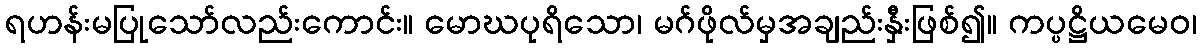
ရဟန်းမပြုသော်လည်းကောင်း။ မောဃပုရိသော၊ မဂ်ဖိုလ်မှအချည်းနှီးဖြစ်၍။ ကပ္ပဋ္ဌိယမေဝ၊